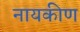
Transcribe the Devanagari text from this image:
नायकीण